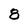
Character: 8